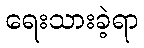
ရေးသားခဲ့ရာ